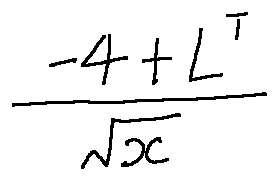
\frac { - 4 + L ^ { I } } { \sqrt { X } }